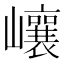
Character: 㠤